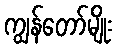
ကျွန်တော်မျိုး